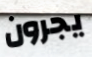
يجرون